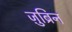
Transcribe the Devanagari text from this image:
ज़ुब्रिन